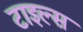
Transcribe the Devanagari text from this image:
टाइल्‍स